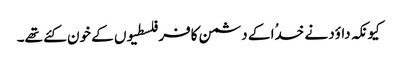
کیونکہ داؤد نے خدُا کے دشمن کافر فلسطیوں کے خون کئے تھے۔